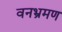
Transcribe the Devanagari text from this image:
वनभ्रमण